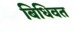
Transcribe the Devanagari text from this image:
बिधिवत